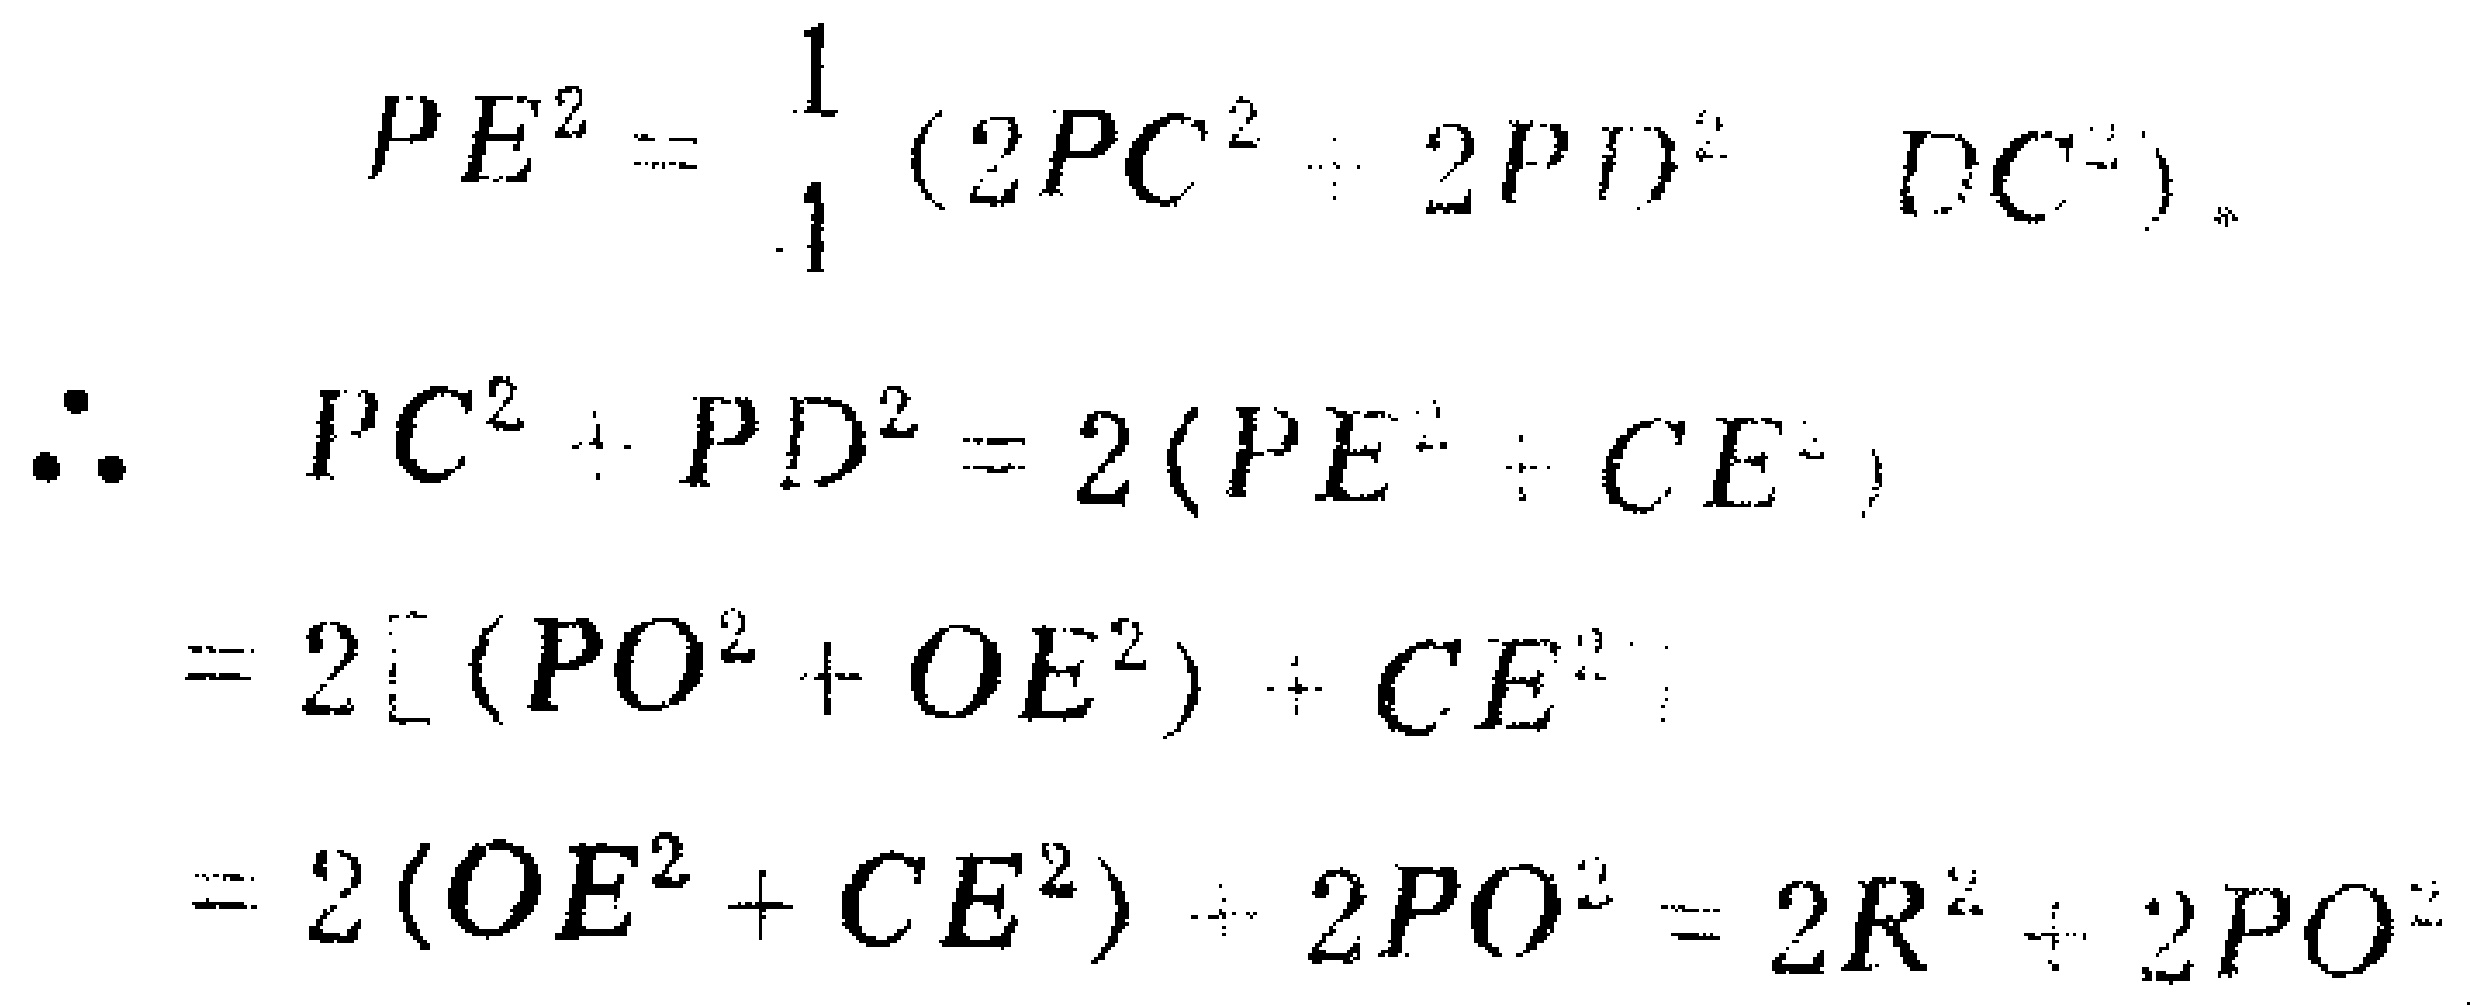
\[

\begin{align*}

PE^{2}&=\frac{1}{4}(2PC^{2}+2PD^{2}-DC^{2})\\

\therefore PC^{2}+PD^{2}&=2(PE^{2}+CE^{2})\\

&=2[(PO^{2}+OE^{2})+CE^{2}]\\

&=2(OE^{2}+CE^{2}) + 2PO^{2}=2R^{2}+2PO^{2}

\end{align*}

\]